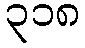
၃၁၈